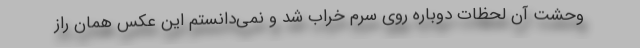
وحشت آن لحظات دوباره روی سرم خراب شد و نمی‌دانستم این عکس همان راز